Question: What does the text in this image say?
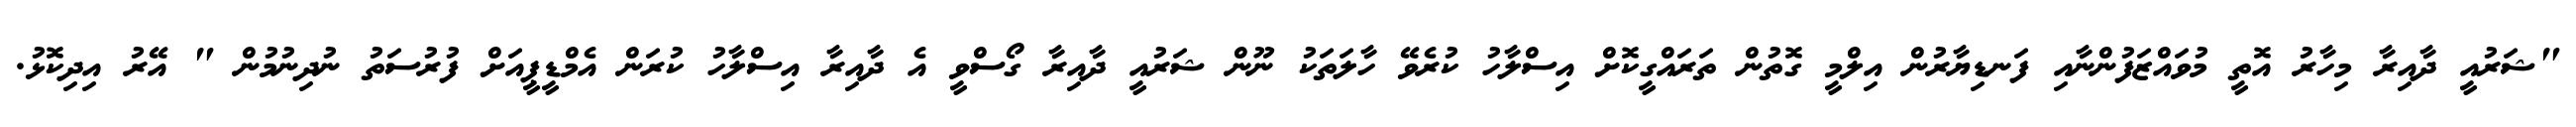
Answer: "ޝަރުއީ ދާއިރާ މިހާރު އޮތީ މުވައްޒަފުންނާއި ފަނޑިޔާރުން އިލްމީ ގޮތުން ތަރައްގީކޮށް އިސްލާހު ކުރެވޭ ހާލަތަކު ނޫން ޝަރުއީ ދާއިރާ ގޯސްވީ އެ ދާއިރާ އިސްލާހު ކުރަން އެމްޑީޕީއަށް ފުރުސަތު ނުދިނުމުން " އޭރު އިދިކޮޅު.